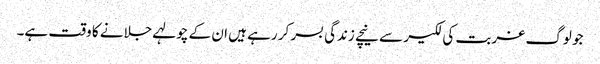
جو لوگ غربت کی لکیر سے نیچے زندگی بسر کر رہے ہیں ان کے چولہے جلانے کا وقت ہے۔